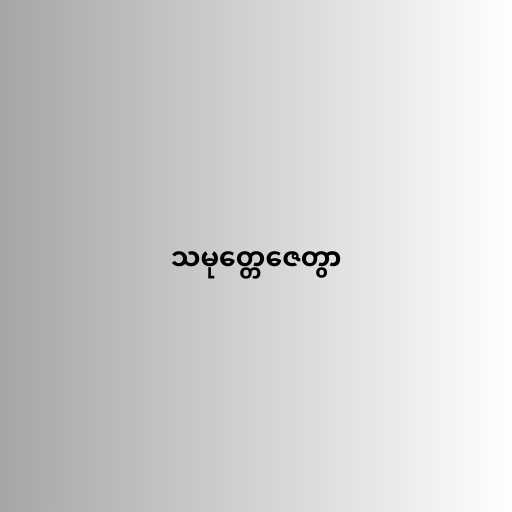
သမုတ္တေဇေတွာ